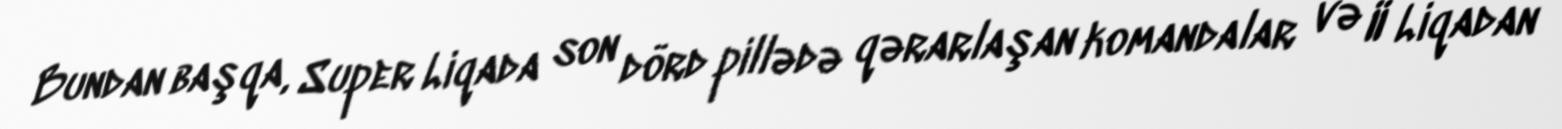
Bundan başqa, Super Liqada son dörd pillədə qərarlaşan komandalar və II Liqadan